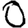
Digit: 0